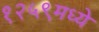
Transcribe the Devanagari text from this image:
१२५९मध्ये